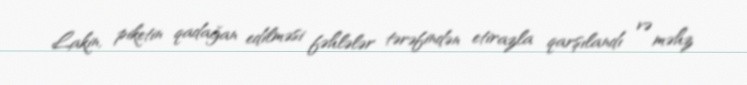
Lakin, piketin qadağan edilməsi fəhlələr tərəfindən etirazla qarşılandı və məhz